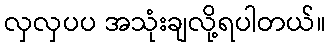
လှလှပပ အသုံးချလို့ရပါတယ်။